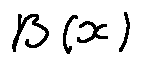
\beta ( x )